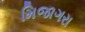
મિજાગરા